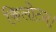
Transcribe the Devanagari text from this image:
किलोटन।